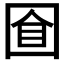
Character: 𡇡